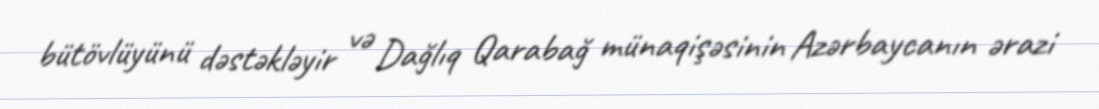
bütövlüyünü dəstəkləyir və Dağlıq Qarabağ münaqişəsinin Azərbaycanın ərazi